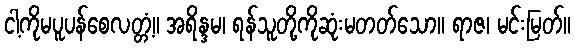
ငါ့ကိုမပူပန်စေလတ္တံ့။ အရိန္ဒမ၊ ရန်သူတို့ကိုဆုံးမတတ်သော။ ရာဇ၊ မင်းမြတ်။